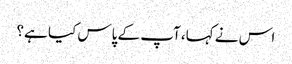
اس نے کہا، آپ کے پاس کیا ہے؟